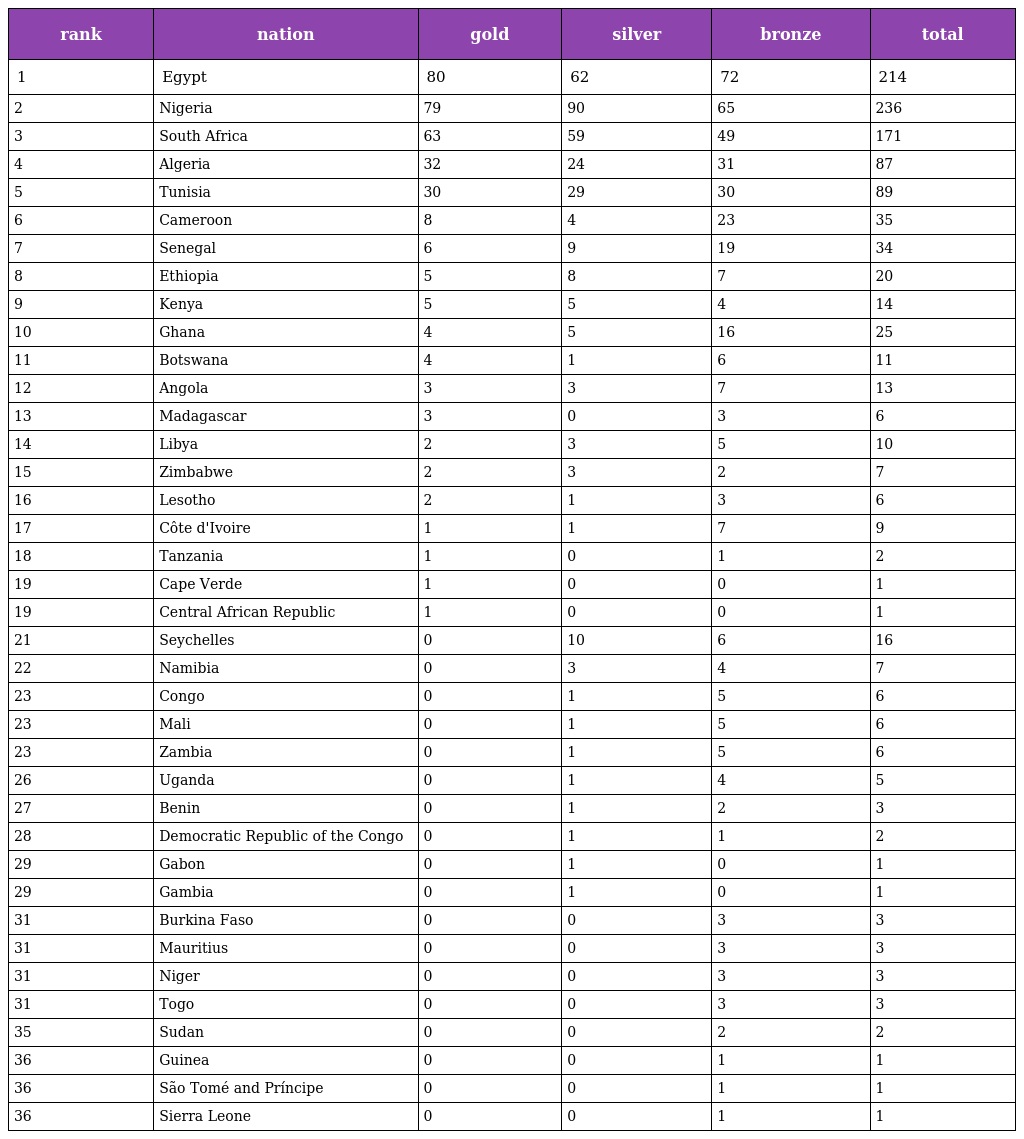
| rank | nation | gold | silver | bronze | total |
 | --- | --- | --- | --- | --- | --- |
 | 1 | Egypt | 80 | 62 | 72 | 214 |
 | 2 | Nigeria | 79 | 90 | 65 | 236 |
 | 3 | South Africa | 63 | 59 | 49 | 171 |
 | 4 | Algeria | 32 | 24 | 31 | 87 |
 | 5 | Tunisia | 30 | 29 | 30 | 89 |
 | 6 | Cameroon | 8 | 4 | 23 | 35 |
 | 7 | Senegal | 6 | 9 | 19 | 34 |
 | 8 | Ethiopia | 5 | 8 | 7 | 20 |
 | 9 | Kenya | 5 | 5 | 4 | 14 |
 | 10 | Ghana | 4 | 5 | 16 | 25 |
 | 11 | Botswana | 4 | 1 | 6 | 11 |
 | 12 | Angola | 3 | 3 | 7 | 13 |
 | 13 | Madagascar | 3 | 0 | 3 | 6 |
 | 14 | Libya | 2 | 3 | 5 | 10 |
 | 15 | Zimbabwe | 2 | 3 | 2 | 7 |
 | 16 | Lesotho | 2 | 1 | 3 | 6 |
 | 17 | Côte d'Ivoire | 1 | 1 | 7 | 9 |
 | 18 | Tanzania | 1 | 0 | 1 | 2 |
 | 19 | Cape Verde | 1 | 0 | 0 | 1 |
 | 19 | Central African Republic | 1 | 0 | 0 | 1 |
 | 21 | Seychelles | 0 | 10 | 6 | 16 |
 | 22 | Namibia | 0 | 3 | 4 | 7 |
 | 23 | Congo | 0 | 1 | 5 | 6 |
 | 23 | Mali | 0 | 1 | 5 | 6 |
 | 23 | Zambia | 0 | 1 | 5 | 6 |
 | 26 | Uganda | 0 | 1 | 4 | 5 |
 | 27 | Benin | 0 | 1 | 2 | 3 |
 | 28 | Democratic Republic of the Congo | 0 | 1 | 1 | 2 |
 | 29 | Gabon | 0 | 1 | 0 | 1 |
 | 29 | Gambia | 0 | 1 | 0 | 1 |
 | 31 | Burkina Faso | 0 | 0 | 3 | 3 |
 | 31 | Mauritius | 0 | 0 | 3 | 3 |
 | 31 | Niger | 0 | 0 | 3 | 3 |
 | 31 | Togo | 0 | 0 | 3 | 3 |
 | 35 | Sudan | 0 | 0 | 2 | 2 |
 | 36 | Guinea | 0 | 0 | 1 | 1 |
 | 36 | São Tomé and Príncipe | 0 | 0 | 1 | 1 |
 | 36 | Sierra Leone | 0 | 0 | 1 | 1 |